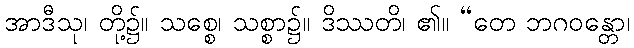
အာဒီသု၊ တို့၌။ သစ္စေ၊ သစ္စာ၌။ ဒိဿတိ၊ ၏။ “တေ ဘဂဝန္တော၊